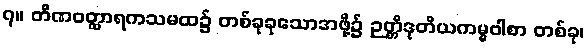
၇။ တိဏဝတ္ထာရကသမထ၌ တစ်ခုခုသောအဖို့၌ ဉတ္တိဒုတိယကမ္မဝါစာ တစ်ခု၊